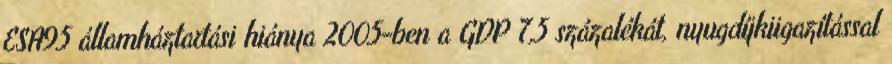
ESA95 államháztartási hiánya 2005-ben a GDP 7,5 százalékát, nyugdíjkiigazítással